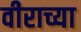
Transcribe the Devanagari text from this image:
वीराच्या